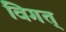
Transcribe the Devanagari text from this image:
विगत्